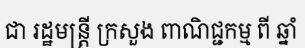
ជា រដ្ឋមន្ត្រី ក្រសួង ពាណិជ្ជកម្ម ពី ឆ្នាំ